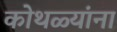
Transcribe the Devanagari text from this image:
कोथळ्यांना